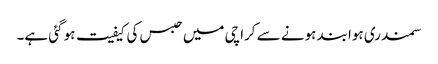
سمندری ہوا بند ہونے سے کراچی میں حبس کی کیفیت ہو گئی ہے۔